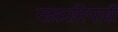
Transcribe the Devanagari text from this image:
नाकामियाबी